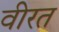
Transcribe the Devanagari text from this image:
वीरत